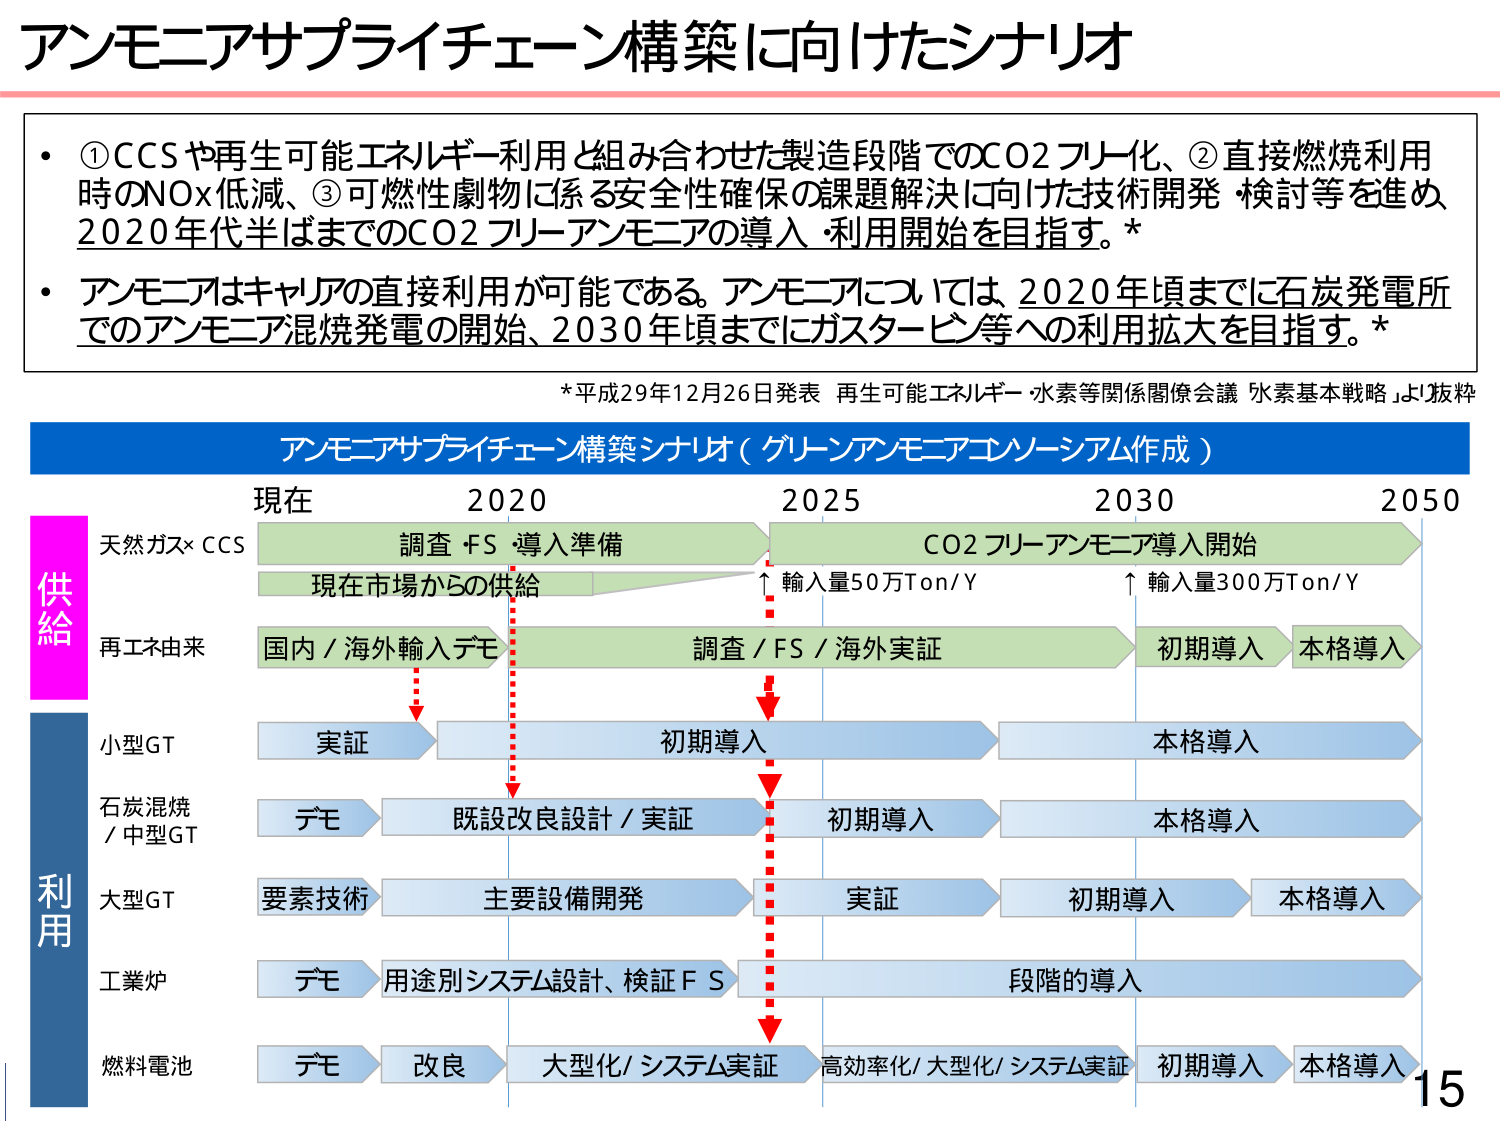
アンモニアサプライチェーン構築に向けたシナリオ

・①CCSや再生可能エネルギー利用と組み合わせた製造段階でのCO2フリー化、②直接燃焼利用時のNOx低減、③可燃性劇物に係る安全性確保の課題解決に向けた技術開発・検討等を進め、2020年代半ばまでのCO2フリーアンモニアの導入・利用開始を目指す。*

・アンモニアはキャリアの直接利用が可能である。アンモニアについては2020年頃までに石炭発電所でのアンモニア混焼発電の開始、2030年頃までにガスタービン等への利用拡大を目指す。*

*平成29年12月26日発表 再生可能エネルギー・水素等関係閣僚会議「水素基本戦略」より抜粋

アンモニアサプライチェーン構築シナリオ（グリーンアンモニアコンソーシアム作成）

供給
天然ガス×CCS
現在 → 2020 → 2025 → 2030 → 2050
調査・FS・導入準備 → CO2フリーアンモニア導入開始
現在市場からの供給 → ↑輸入量50万Ton/Y → ↑輸入量300万Ton/Y

再エネ由来
国内／海外輸入デモ → 調査／FS／海外実証 → 初期導入 → 本格導入

利用
小型GT
実証 → 初期導入 → 本格導入

石炭混焼／中型GT
デモ → 既設改良設計／実証 → 初期導入 → 本格導入

大型GT
要素技術 → 主要設備開発 → 実証 → 初期導入 → 本格導入

工業炉
デモ → 用途別システム設計、検証FS → 段階的導入

燃料電池
デモ → 改良 → 大型化/システム実証 → 高効率化/大型化/システム実証 → 初期導入 → 本格導入

15